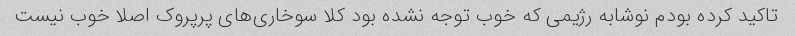
تاکید کرده بودم نوشابه رژیمی که خوب توجه نشده بود کلا سوخاری‌های پرپروک اصلا خوب نیست